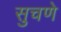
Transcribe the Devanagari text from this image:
सुचणे